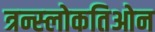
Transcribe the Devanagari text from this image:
त्रन्स्लोकतिओन